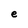
Character: e